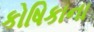
કોષિકાના